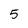
Character: 5